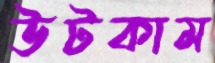
উটকাম